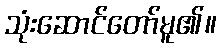
သုံးဆောင်တော်မူ၏။